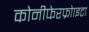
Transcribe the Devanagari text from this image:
कोनीफेरफ्रोाइटा